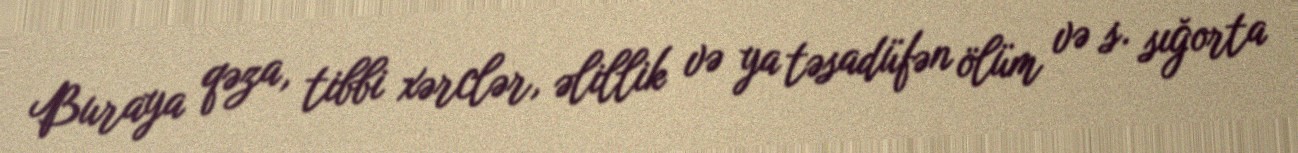
Buraya qəza, tibbi xərclər, əlillik və ya təsadüfən ölüm və s. sığorta